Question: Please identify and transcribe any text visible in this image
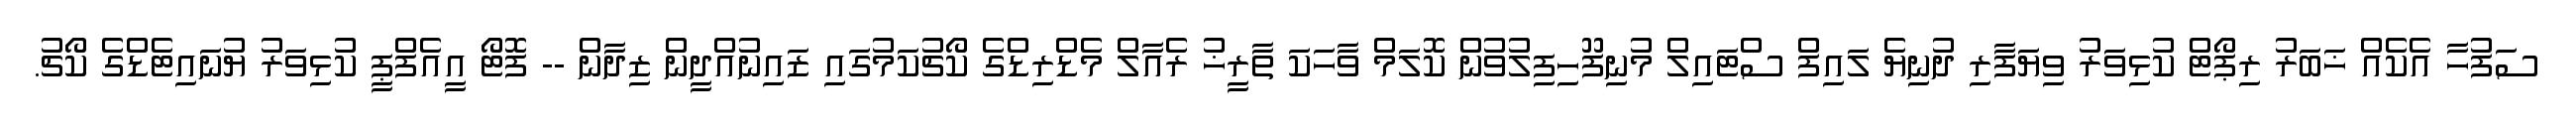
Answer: ސަފުހާ އެކެއް ޚަބަރު ރިޕޯޓް ކުޅިވަރު ވިޔަފާރި ދުނިޔެ ލައިފް ސްޓައިލް މުނިފޫހިފިލުވުން ކޮލަމް ވާހަކަ ތާރީޚު ރެއާލް މެޑްރިޑްގެ ކޯޗުކަމުގައި ޒައިނުއްދީން ޒިދާން -- ފޮޓޯ އީއެފްޕީ ކުޅިވަރު ޔުނައިޓެޑްގެ ކޯޗު.